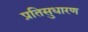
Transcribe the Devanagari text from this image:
प्रतिसुधारण